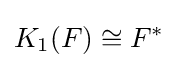
K_{1}(F)\cong F^{*}